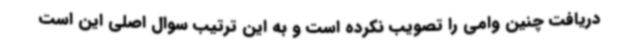
دریافت چنین وامی را تصویب نکرده است و به این ترتیب سوال اصلی این است